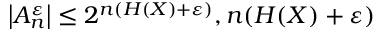
\left| A _ { n } ^ { \varepsilon } \right| \leq 2 ^ { n ( H ( X ) + \varepsilon ) } , n ( H ( X ) + \varepsilon )